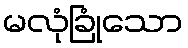
မလုံခြုံသော